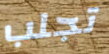
تجلب